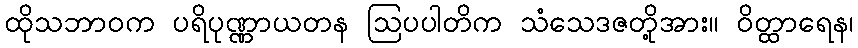
ထိုသဘာဝက ပရိပုဏ္ဏာယတန ဩပပါတိက သံသေဒဇတို့အား။ ဝိတ္ထာရေန၊